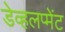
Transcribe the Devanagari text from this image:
डेव्हलप्मेंट